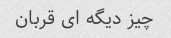
چیز دیگه ای قربان